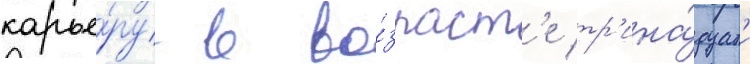
карье́ру в во́зраст'е тр'ина́дцат'и